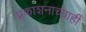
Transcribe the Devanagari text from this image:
प्रकाशनाच्याही